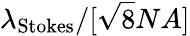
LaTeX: \lambda_{\textrm{Stokes}}/[\sqrt{8}NA]